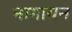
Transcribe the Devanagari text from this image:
नागायन